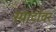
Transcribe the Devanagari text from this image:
स्पार्टावर